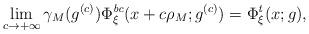
LaTeX: \begin{align*}\lim_{c\to +\infty} \gamma_M (g^{(c)}) \Phi_\xi^{\emph{bc}}(x+c\rho_M; g^{(c)})=\Phi^{\emph{t}}_\xi (x;g) ,\end{align*}